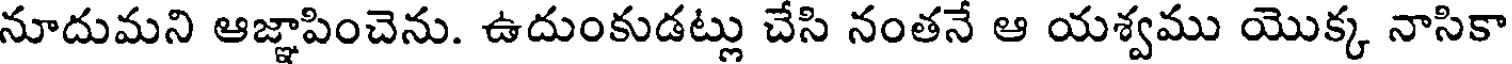
నూదుమని ఆజ్ఞాపించెను. ఉదుంకుడట్లు చేసి నంతనే ఆ యశ్వము యొక్క నాసికా